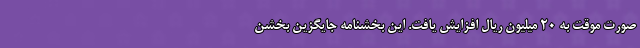
صورت موقت به ۲۰ میلیون ریال افزایش یافت. این بخشنامه جایگزین بخشن